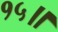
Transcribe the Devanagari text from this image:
१५॥